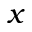
x